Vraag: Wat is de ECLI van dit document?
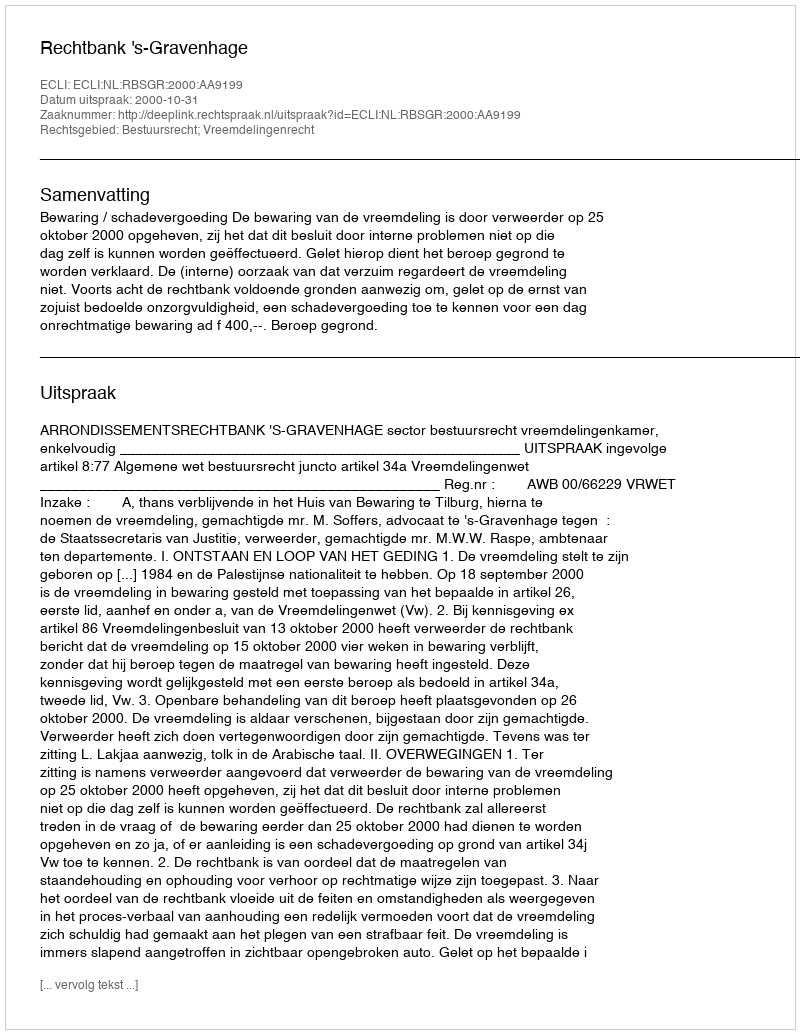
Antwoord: ECLI:NL:RBSGR:2000:AA9199